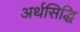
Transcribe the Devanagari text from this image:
अर्थसिद्धि